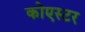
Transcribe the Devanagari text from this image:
कोएस्टर